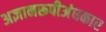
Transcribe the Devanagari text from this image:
अज्ञानरूपीअंधकार